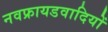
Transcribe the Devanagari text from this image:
नवफ्रायडवादियों